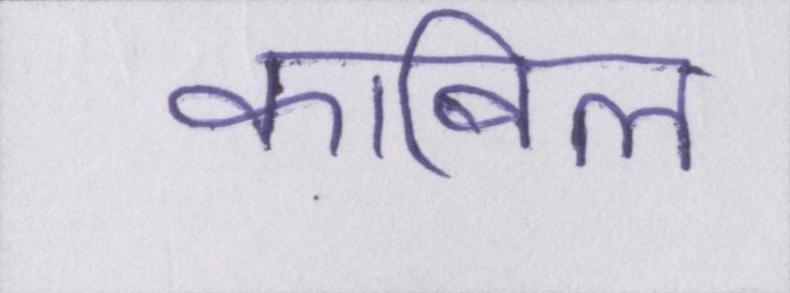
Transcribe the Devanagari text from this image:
काबिल